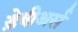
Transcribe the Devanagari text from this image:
ड़ेबीअर्स